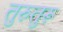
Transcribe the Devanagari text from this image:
तुरुतुरू